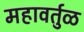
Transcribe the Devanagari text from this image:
महावर्तुळ